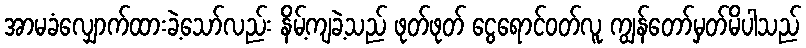
အာမခံလျှောက်ထားခဲ့သော်လည်း နိမ့်ကျခဲ့သည် ဖုတ်ဖုတ် ငွေရောင်ဝတ်လူ ကျွန်တော်မှတ်မိပါသည်